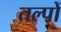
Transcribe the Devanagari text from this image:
तल्पों